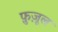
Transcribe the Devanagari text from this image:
फ़ुज़ूल